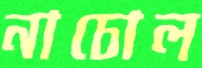
নাচোল